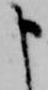
申